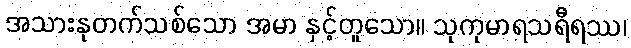
အသားနုတက်သစ်သော အမာ နှင့်တူသော။ သုကုမာရသရီရဿ၊